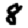
Digit: 8